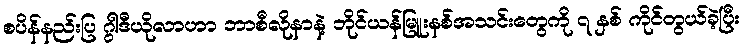
စပိန်နည်းပြ ဂွါဒီယိုလာဟာ ဘာစီလိုနာနဲ့ ဘိုင်ယန်မြူးနစ်အသင်းတွေကို ၇ နှစ် ကိုင်တွယ်ခဲ့ပြီး